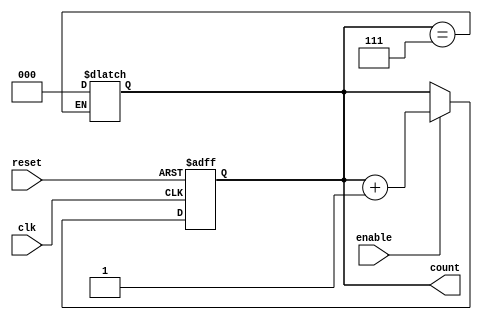
module async_counter (
    input wire clk,        // Clock input
    input wire reset,      // Asynchronous reset
    input wire enable,     // Enable signal
    output reg [N-1:0] count // Output count
);
    parameter N = 3; // Number of flip-flops (3 flip-flops for counting 0 to 7)

    // Asynchronous reset and counting logic
    always @(posedge clk or posedge reset) begin
        if (reset) begin
            count <= 0; // Reset the count to 0
        end else if (enable) begin
            count <= count + 1; // Increment the count
        end
    end

    // Handle the rollover
    always @(count) begin
        if (count == (1 << N) - 1) begin
            count <= 0; // Roll over to 0 when maximum count is reached
        end
    end
endmodule